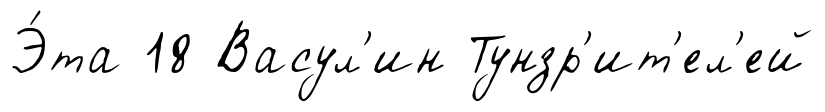
Э́та 18 Васул'ин Тунзр'ит'ел'ей